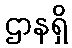
ဌာနရှိ